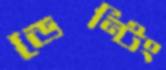
ডেন্টিং